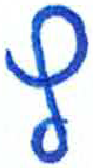
אות: ץ